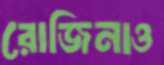
রোজিনাও